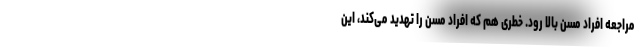
مراجعه افراد مسن بالا رود. خطری هم که افراد مسن را تهدید می‌کند، این